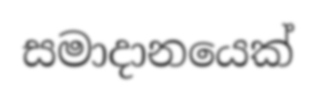
සමාදානයෙක්